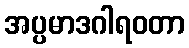
အပ္ပမာဒဂါရဝတာ